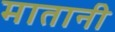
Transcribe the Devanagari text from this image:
मातानी